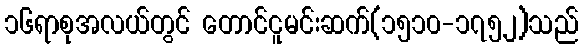
၁၆ရာစုအလယ်တွင် တောင်ငူမင်းဆက်(၁၅၁၀-၁၇၅၂)သည်